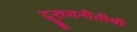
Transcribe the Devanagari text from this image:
दूरध्वनीतीची